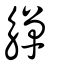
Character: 觶